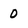
Character: 0